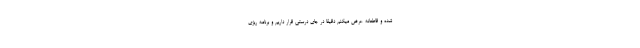
شده و قاطعانه عرض میکنم دقیقا در جای درستی قرار داریم و برنامه ریزی